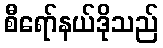
စီရော်နယ်ဒိုသည်